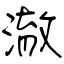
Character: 澈